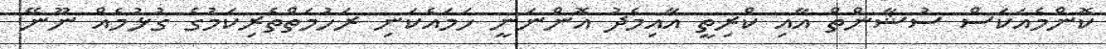
ކޮންމެއަކަސް ސުޝާންތް އާއި ކްރިތީ އާއިމެދު އޮންނަނީ ހަމައެކަނި ރަހުމަތްތެރިކަމުގެ ގުޅުމެއް ނޫނޭ